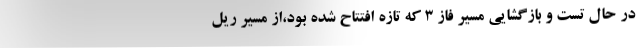
در حال تست و بازگشایی مسیر فاز ۳ که تازه افتتاح شده بود،از مسیر ریل